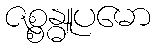
ဇစ္စန္ဓူပမော